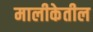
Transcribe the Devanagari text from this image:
मालीकेतील